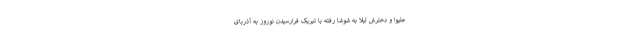
علیوا و دخترش لیلا به شوشا رفته با تبریک فرارسیدن نوروز به آذربای